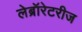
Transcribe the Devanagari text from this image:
लेब्रॉरेटरीज